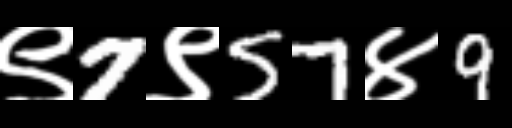
Text: ९7९57४9